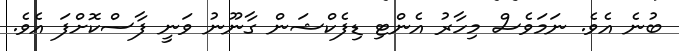
ބުނެ އެވެ. ނަމަވެސް މިހާރު އެންޓި ޑިފެކްޝަން ގާނޫނު ވަނީ ފާސްކޮށްފަ އެވެ.